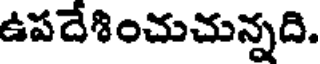
ఉపదేశించుచున్నది.